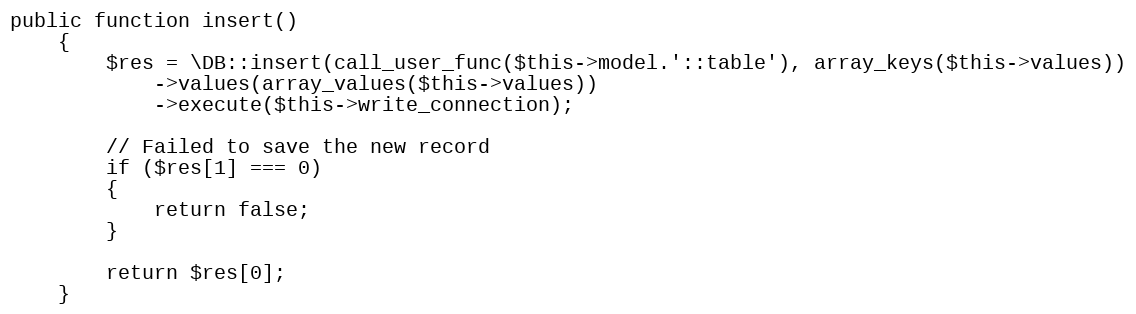
Language: PHP
public function insert()
	{
		$res = \DB::insert(call_user_func($this->model.'::table'), array_keys($this->values))
			->values(array_values($this->values))
			->execute($this->write_connection);

		// Failed to save the new record
		if ($res[1] === 0)
		{
			return false;
		}

		return $res[0];
	}